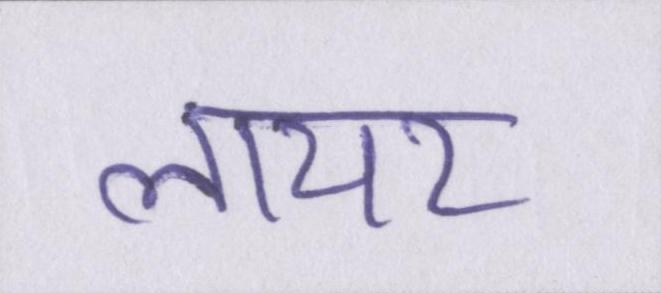
लायर